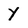
Character: Y